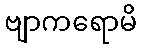
ဗျာကရောမိ